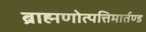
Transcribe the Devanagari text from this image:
ब्राह्मणोत्पत्तिमार्तण्ड